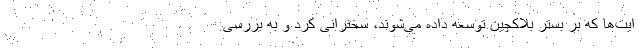
ایت‌ها که بر بستر بلاکچین توسعه داده می‌شوند، سخنرانی کرد و به بررسی